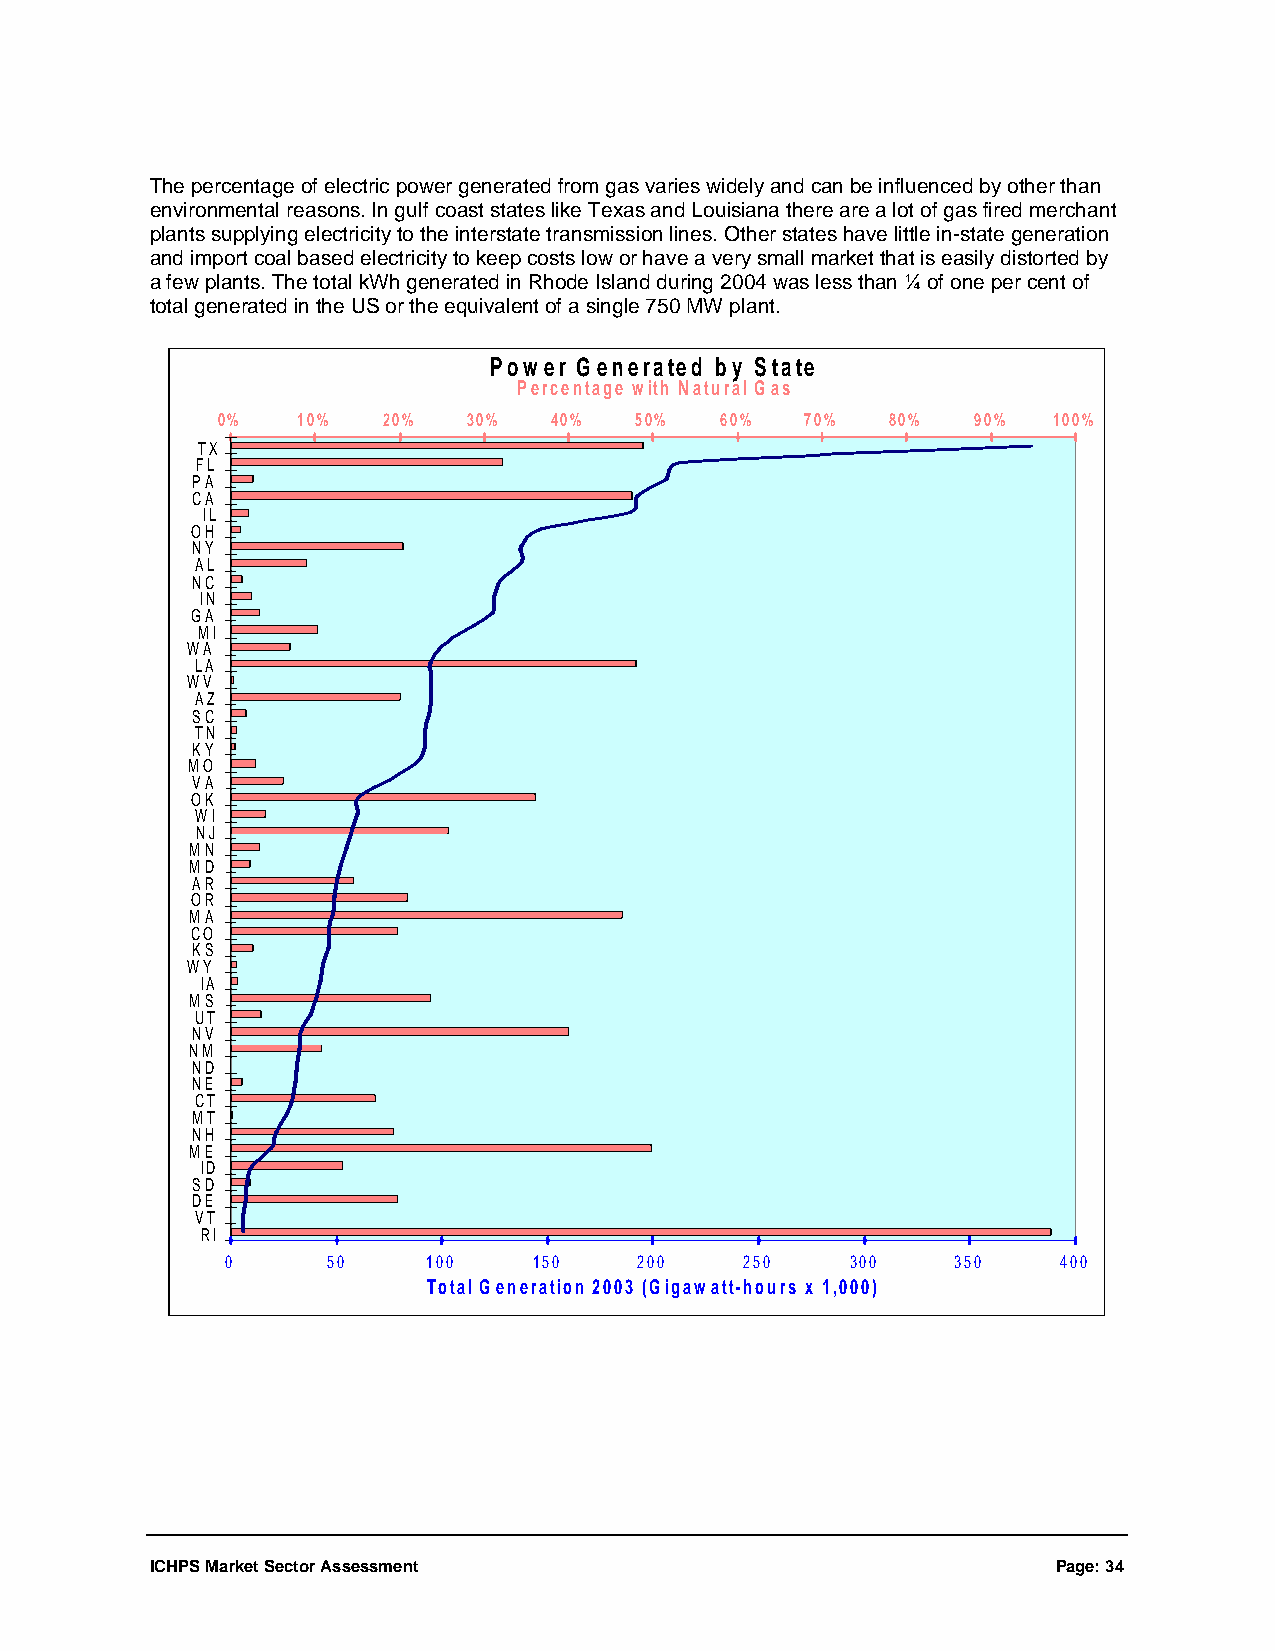
The percentage of electric power generated from gas varies widely and can be influenced by other than
 environmental reasons. In gulf coast states like Texas and Louisiana there are a lot of gas fired merchant
 plants supplying electricity to the interstate transmission lines. Other states have little in-state generation
 and import coal based electricity to keep costs low or have a very small market that is easily distorted by
 a few plants. The total kWh generated in Rhode Island during 2004 was less than ¼ of one per cent of
 total generated in the US or the equivalent of a single 750 MW plant.
 Power Generated by State
 Percentage with Natural Gas
 0%    10%  20%   30%   40%  50%   60%  70%   80%   90%  100%
 TX
 FL
 PA
 CA
 IL
 OH
 NY
 AL
 NC
 IN
 GA
 MI
 WA
 LA
 WV
 AZ
 SC
 TN
 KY
 MO
 VA
 OK
 WI
 NJ
 MN
 MD
 AR
 OR
 MA
 CO
 KS
 WY
 IA
 MS
 UT
 NV
 NM
 ND
 NE
 CT
 MT
 NH
 ME
 ID
 SD
 DE
 VT
 RI
 0      50    100    150    200    250    300    350    400
 Total Generation 2003 (Gigawatt-hours x 1,000)
 ICHPS Market Sector Assessment                              Page: 34